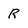
Character: R